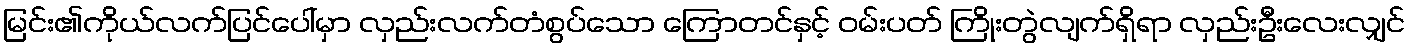
မြင်း၏ကိုယ်လက်ပြင်ပေါ်မှာ လှည်းလက်တံစွပ်သော ကြောတင်နှင့် ဝမ်းပတ် ကြိုးတွဲလျက်ရှိရာ လှည်းဦးလေးလျှင်